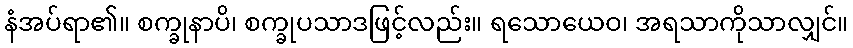
နံအပ်ရာ၏။ စက္ခုနာပိ၊ စက္ခုပသာဒဖြင့်လည်း။ ရသောယေဝ၊ အရသာကိုသာလျှင်။